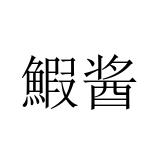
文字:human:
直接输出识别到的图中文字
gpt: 鰕酱